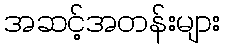
အဆင့်အတန်းများ